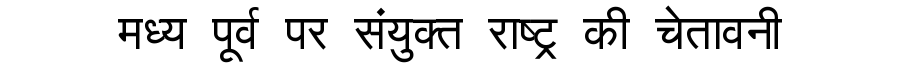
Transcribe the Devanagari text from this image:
मध्य पूर्व पर संयुक्त राष्ट्र की चेतावनी